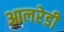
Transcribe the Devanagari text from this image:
आलरेडी